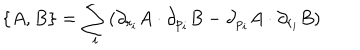
LaTeX: \{ A , B \} = \sum _ { i } ( \partial _ { r _ { i } } A \cdot \partial _ { p _ { i } } B - \partial _ { p _ { i } } A \cdot \partial _ { r _ { i } } B )